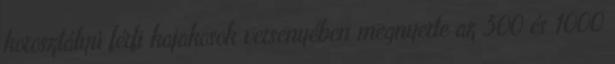
korosztályú férfi kajakosok versenyében megnyerte az 500 és 1000